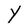
Character: Y